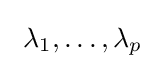
\ \lambda _{1},\ldots ,\lambda _{p}\